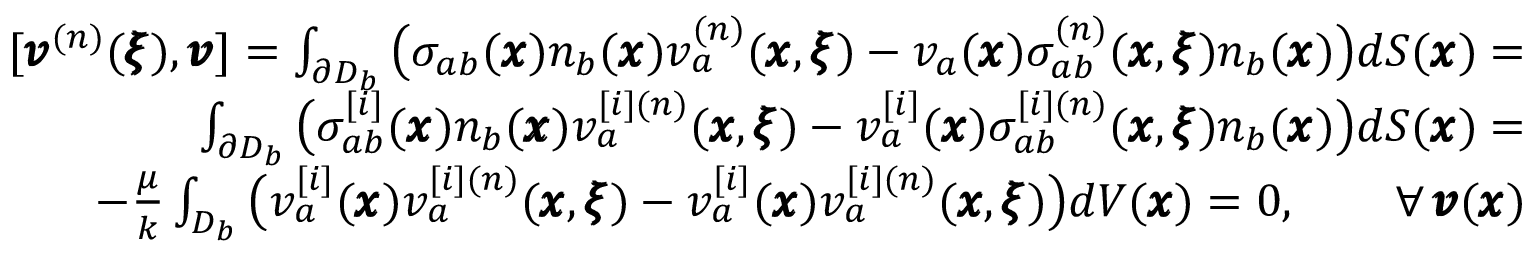
\begin{array} { r l r } & { } & { [ { \pmb v } ^ { ( n ) } ( { \pmb \xi } ) , { \pmb v } ] = \int _ { \partial D _ { b } } \big ( \sigma _ { a b } ( { \pmb x } ) n _ { b } ( { \pmb x } ) v _ { a } ^ { ( n ) } ( { \pmb x } , { \pmb \xi } ) - v _ { a } ( { \pmb x } ) \sigma _ { a b } ^ { ( n ) } ( { \pmb x } , { \pmb \xi } ) n _ { b } ( { \pmb x } ) \big ) d S ( { \pmb x } ) = } \\ & { } & { \int _ { \partial D _ { b } } \big ( \sigma _ { a b } ^ { [ i ] } ( { \pmb x } ) n _ { b } ( { \pmb x } ) v _ { a } ^ { [ i ] ( n ) } ( { \pmb x } , { \pmb \xi } ) - v _ { a } ^ { [ i ] } ( { \pmb x } ) \sigma _ { a b } ^ { [ i ] ( n ) } ( { \pmb x } , { \pmb \xi } ) n _ { b } ( { \pmb x } ) \big ) d S ( { \pmb x } ) = } \\ & { } & { - \frac { \mu } { k } \int _ { D _ { b } } \big ( v _ { a } ^ { [ i ] } ( { \pmb x } ) v _ { a } ^ { [ i ] ( n ) } ( { \pmb x } , { \pmb \xi } ) - v _ { a } ^ { [ i ] } ( { \pmb x } ) v _ { a } ^ { [ i ] ( n ) } ( { \pmb x } , { \pmb \xi } ) \big ) d V ( { \pmb x } ) = 0 , \qquad { \forall \, { \pmb v } ( { \pmb x } ) } } \end{array}